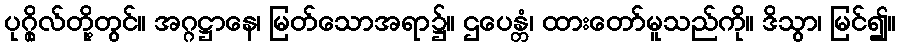
ပုဂ္ဂိုလ်တို့တွင်။ အဂ္ဂဋ္ဌာနေ၊ မြတ်သောအရာ၌။ ဌပေန္တံ၊ ထားတော်မူသည်ကို။ ဒိသွာ၊ မြင်၍။